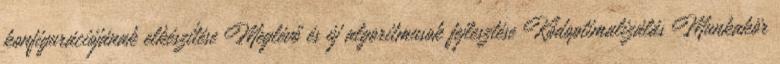
konfigurációjának elkészítése Meglévő és új algoritmusok fejlesztése Kódoptimalizálás Munkakör